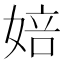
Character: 婄